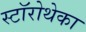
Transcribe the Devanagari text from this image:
स्टॉरोथेका